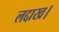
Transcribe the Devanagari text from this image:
लद्दाख।